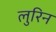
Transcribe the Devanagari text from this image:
लुरिन